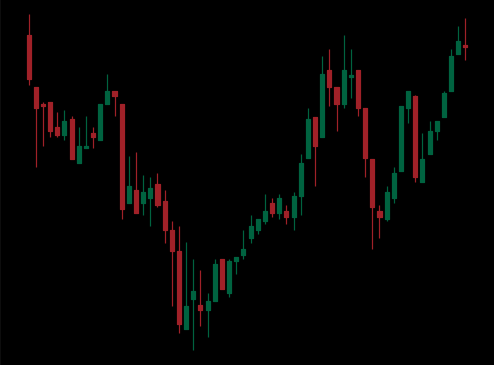
Pattern: inverse_head_shoulders